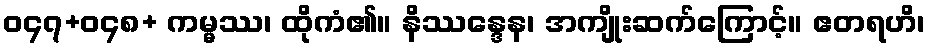
ဝ၄၇+ဝ၄၈+ ကမ္မဿ၊ ထိုကံ၏။ နိဿန္ဒေန၊ အကျိုးဆက်ကြောင့်။ ဧတရဟိ၊